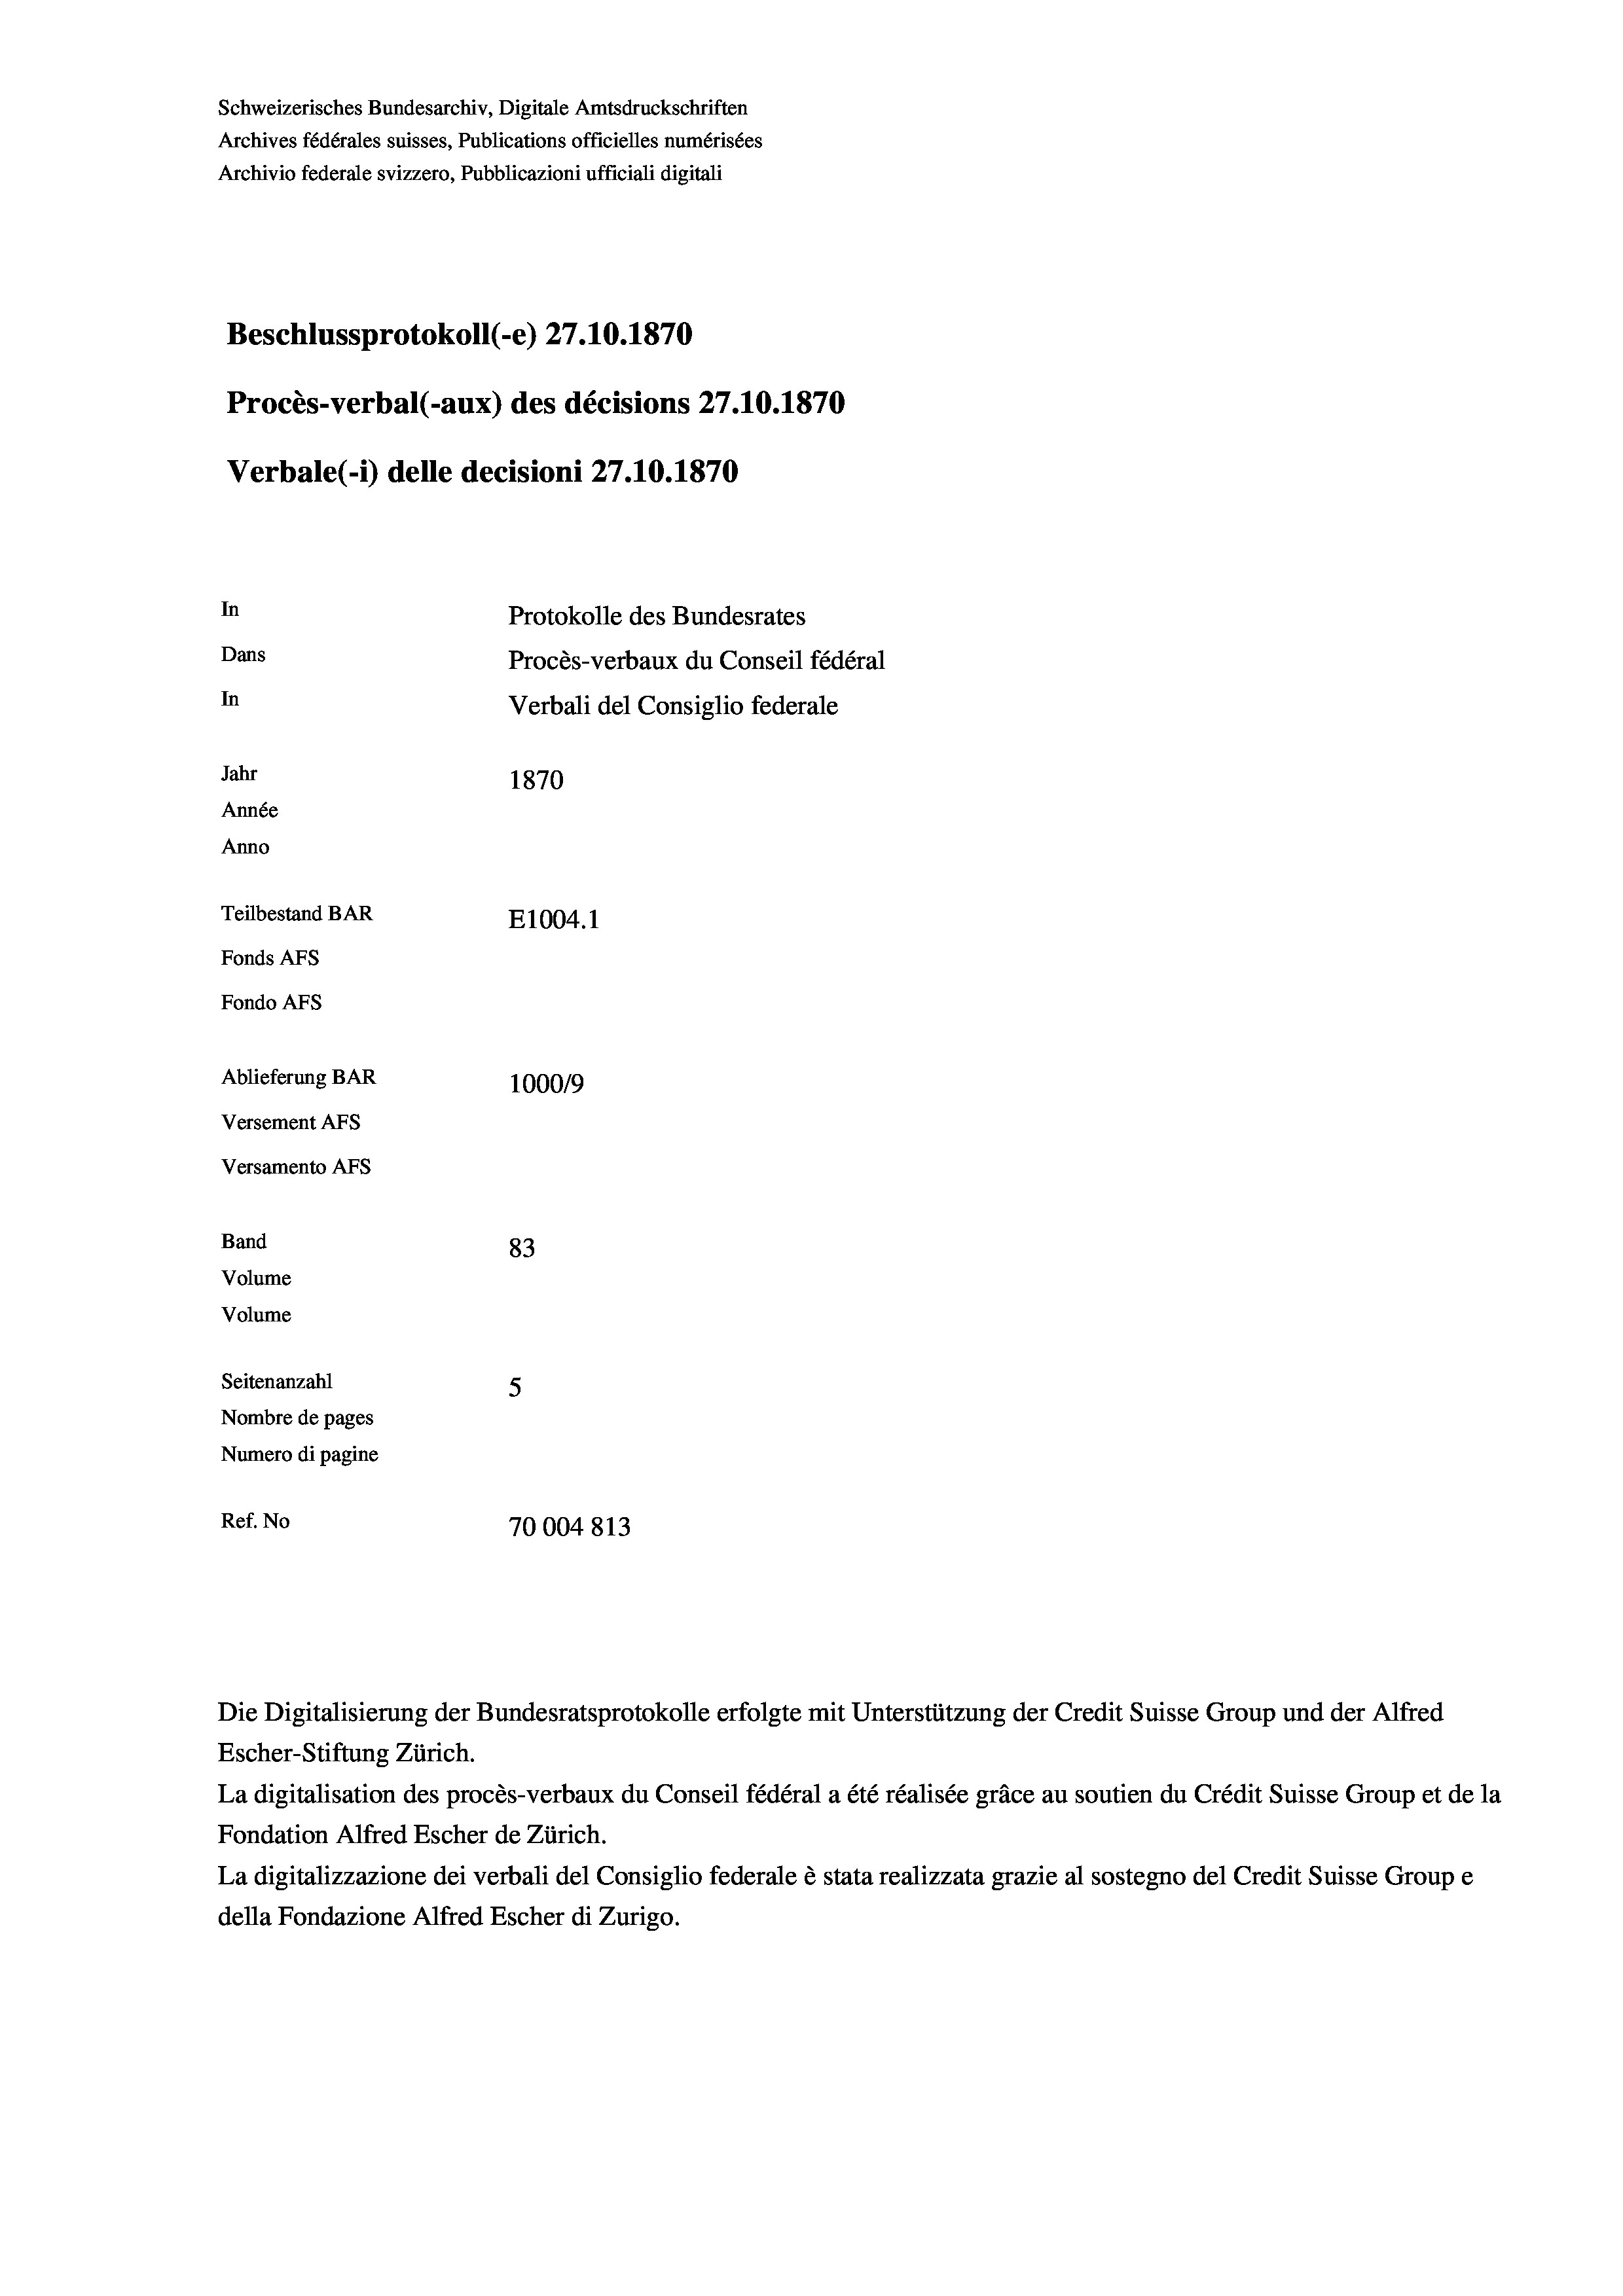
Schweizerisches Bundesarchiv, Digitale Amtsdruckschriften
Archives fédérales suisses, Publications officielles numérisées
Archivio federale svizzero, Pubblicazioni ufficiali digitali
Beschlussprotokoll (-e) 27.10.1870
Procès-verbal (-aux) des décisions 27.10.1870
Verbale(-*) delle decisioni 27.10.1870
In
Protokolle des Bundesrates
Dans
Procès-verbaux du Conseil fédéral
In
Verbali del Consiglio federale
Jahr
1870
Année
Anno
Teilbestand BAR
E1004.1
Fonds Afs
Fondo AFs
Ablieferung BAR
100019
Versement Abs
Versamento Afs
Band
83
Volume
Volume
Seitenanzahl
5
Nombre de pages
Numero di pagine

Ref. No
70004813
Die Digitalisierung der Bundesratsprotokolle erfolgte mit Unterstützung der Credit Suisse Group und der Alfred
Escher-Stiftung Zürich.

La digitalisation des procès-verbaux du Conseil fédéral a été réalisée gräce au soutien du Crédit Suisse Group et de la
Fondation Alfred Escher de Zürich.
La digitalizzazione dei verbali del Consiglio federale è stata realizzata grazie al sostegno del Credit Suisse Groupe
della Fondazione Alfred Escher di Zurigo.